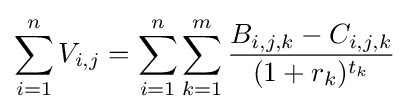
\sum _{i=1}^{n}V_{i,j}=\sum _{i=1}^{n}\sum _{k=1}^{m}{\frac {B_{i,j,k}-C_{i,j,k}}{(1+r_{k})^{t_{k}}}}